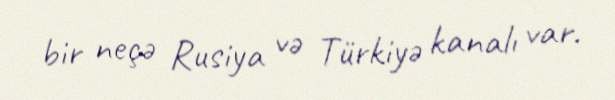
bir neçə Rusiya və Türkiyə kanalı var.